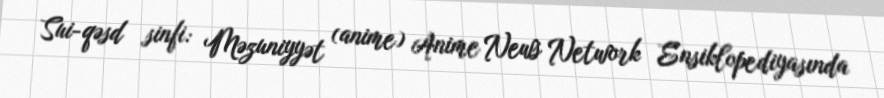
Sui-qəsd sinfi: Məzuniyyət (anime) Anime News Network Ensiklopediyasında